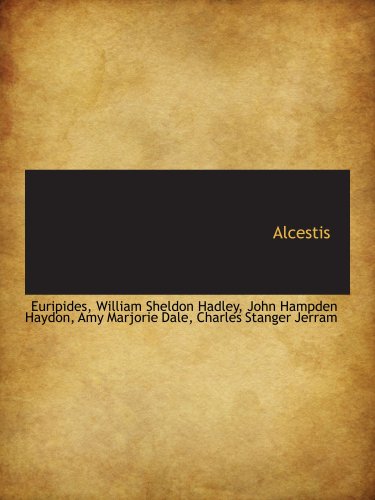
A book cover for Alcestis; John Hampden Haydon, Amy M, Euripides, William Sheldon Hadley; Literature & Fiction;